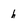
Character: h